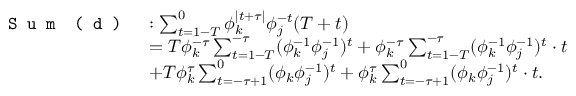
\begin{array} { r l } { \texttt { S u m } \texttt { ( d ) } } & { : \sum _ { t = 1 - T } ^ { 0 } \phi _ { k } ^ { \mid t + \tau \mid } \phi _ { j } ^ { - t } ( T + t ) } \\ & { = T \phi _ { k } ^ { - \tau } \sum _ { t = 1 - T } ^ { - \tau } ( \phi _ { k } ^ { - 1 } \phi _ { j } ^ { - 1 } ) ^ { t } + \phi _ { k } ^ { - \tau } \sum _ { t = 1 - T } ^ { - \tau } ( \phi _ { k } ^ { - 1 } \phi _ { j } ^ { - 1 } ) ^ { t } \cdot t } \\ & { + T \phi _ { k } ^ { \tau } \sum _ { t = - \tau + 1 } ^ { 0 } ( \phi _ { k } \phi _ { j } ^ { - 1 } ) ^ { t } + \phi _ { k } ^ { \tau } \sum _ { t = - \tau + 1 } ^ { 0 } ( \phi _ { k } \phi _ { j } ^ { - 1 } ) ^ { t } \cdot t . } \end{array}